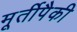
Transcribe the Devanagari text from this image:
मूर्तीपैकी